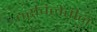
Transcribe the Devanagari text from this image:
ठरविलेतीन